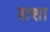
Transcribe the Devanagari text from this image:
राशा